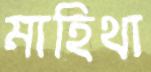
মাহিথা